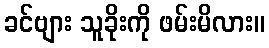
ခင်ဗျား သူခိုးကို ဖမ်းမိလား။